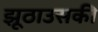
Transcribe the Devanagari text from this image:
झूठाउसकी